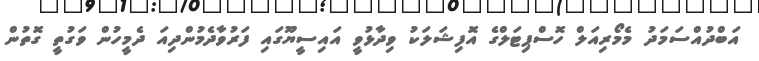
އަބްދުއްސަމަދު މެމޯރިއަލް ހޮސްޕިޓަލްގެ އޮފިޝަލަކު ވިދާޅުވީ އައިސީޔޫގައި ފަރުވާދެމުންދިއަ ދެމީހުން ވަގުތީ ގޮތުން